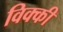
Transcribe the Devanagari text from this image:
विक्‍की